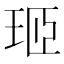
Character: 㺿